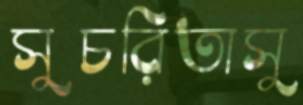
সুচরিতাসু